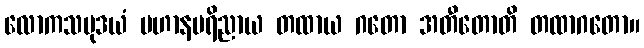
လောကသမုဒယံ ပဟာနပရိညာယ တထာယ ဂတော အတီတောတိ တထာဂတော။